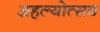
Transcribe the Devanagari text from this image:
अहल्योत्सव